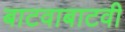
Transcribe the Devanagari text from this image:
बाटवाबाटवी